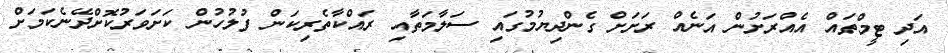
އަދި ޓީމްތައް އެއްރަށުން އަނެއް ރަށަށް ގެންދިޔުމުގައި ސަލާމަތާއި ރައްކާތެރިކަން ފުލުހުން ކަށަވަރުކޮށްދޭނެކަމަށް